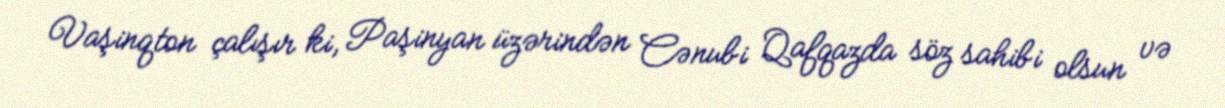
Vaşinqton çalışır ki, Paşinyan üzərindən Cənubi Qafqazda söz sahibi olsun və